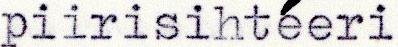
piirisihteeri